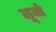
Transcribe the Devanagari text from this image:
लूजो